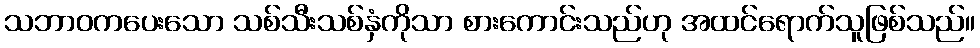
သဘာဝကပေးသော သစ်သီးသစ်နှံကိုသာ စားကောင်းသည်ဟု အထင်ရောက်သူဖြစ်သည်။